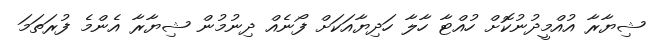
ޝިޔާރާ އުއްމީދުނުކޮށް ހުއްޓާ ހާލާ ހަދިޔާއަކަށް ފޯނެއް ދިނުމުން ޝިޔާރާ އެންމެ ފުރަތަމަ